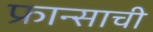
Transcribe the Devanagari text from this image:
फ्रान्साची